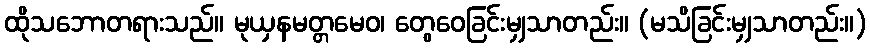
ထိုသဘောတရားသည်။ မုယှနမတ္တမေဝ၊ တွေဝေခြင်းမျှသာတည်း။ (မသိခြင်းမျှသာတည်း။)